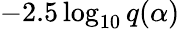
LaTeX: -2.5\log_{10}{q(\alpha)}